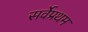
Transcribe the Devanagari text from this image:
सर्वेप्रथम